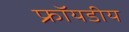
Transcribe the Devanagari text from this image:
फ्रॉयडीय